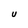
Character: U